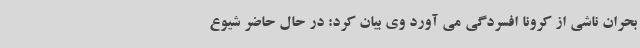
بحران ناشی از کرونا افسردگی می آورد وی بیان کرد: در حال حاضر شیوع